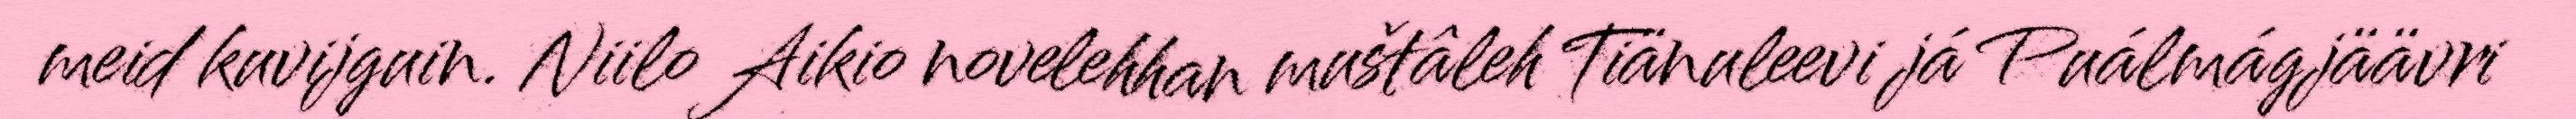
meid kuvijguin. Niilo Aikio novelehhan muštâleh Tiänuleevi já Puálmágjäävri